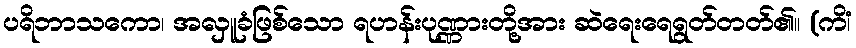
ပရိဘာသကော၊ အလှူခံဖြစ်သော ရဟန်းပုဏ္ဏားတို့အား ဆဲရေးရေရွတ်တတ်၏။ (ကိံ၊